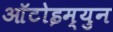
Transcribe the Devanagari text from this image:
आॅटोइम्युन